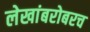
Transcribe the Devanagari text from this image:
लेखांबरोबरच